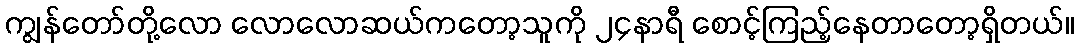
ကျွန်တော်တို့လော လောလောဆယ်ကတော့သူကို ၂၄နာရီ စောင့်ကြည့်နေတာတော့ရှိတယ်။